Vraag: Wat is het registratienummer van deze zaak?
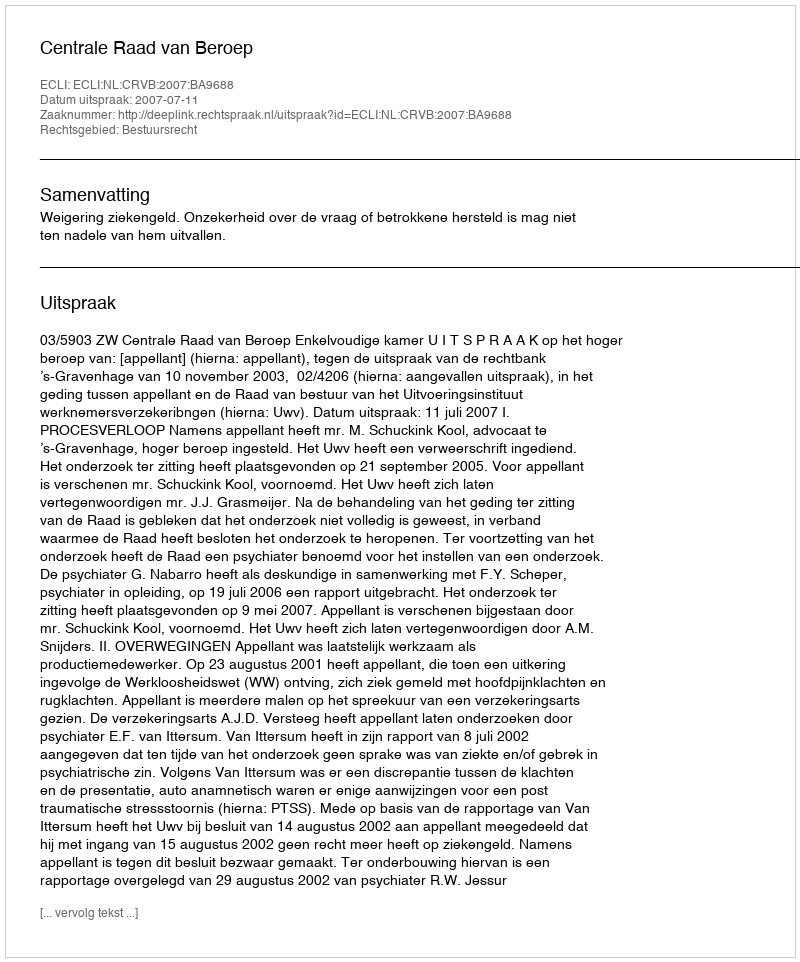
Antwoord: http://deeplink.rechtspraak.nl/uitspraak?id=ECLI:NL:CRVB:2007:BA9688